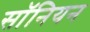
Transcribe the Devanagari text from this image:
सॉनियन